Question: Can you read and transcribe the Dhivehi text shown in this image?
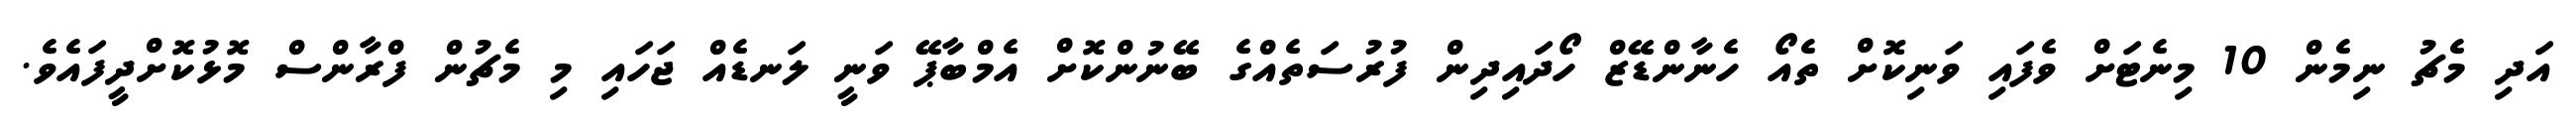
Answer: އަދި މެޗު ނިމެން 10 މިނެޓަށް ވެފައި ވަނިކޮށް ތެއޯ ހެނާންޑޭޒް ހޯދައިދިން ފުރުސަތެއްގެ ބޭނުންކޮށް އެމްބާޕޭ ވަނީ ލަނޑެއް ޖަހައި މި މެޗުން ފްރާންސް މޮޅުކޮށްދީފައެވެ.